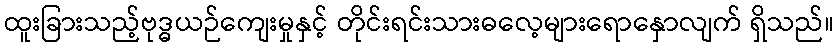
ထူးခြားသည့်ဗုဒ္ဓယဉ်ကျေးမှုနှင့် တိုင်းရင်းသားဓလေ့များရောနှောလျက် ရှိသည်။